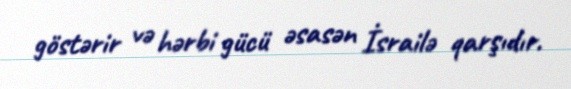
göstərir və hərbi gücü əsasən İsrailə qarşıdır.